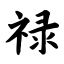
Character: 禄